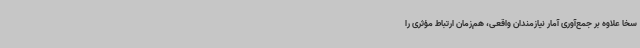
سخا علاوه بر جمع‌آوری آمار نیازمندان واقعی، هم‌زمان ارتباط مؤثری را